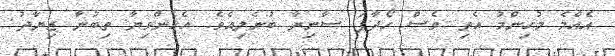
އެއްމެ މުހިންމު އެތި ވެސް ހޯދާފަ ސާނިޔާ ބުނެލިއެވެ. އެހެންވިޔާ ތިބުނާ ޒިޔާދު